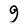
Character: 9